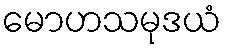
မောဟသမုဒယံ